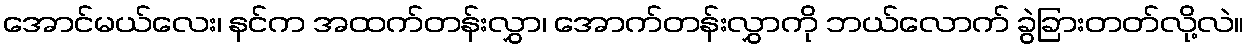
အောင်မယ်လေး၊ နင်က အထက်တန်းလွှာ၊ အောက်တန်းလွှာကို ဘယ်လောက် ခွဲခြားတတ်လို့လဲ။